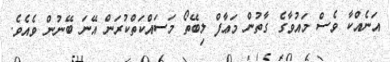
އަނެއްކާ ވެސް މައުވާގެ ގާތުން މަޢާފް ލިބޭތޯ މަސައްކަތްކުރަން އޭނަ ބޭނުން ވެއެވެ.